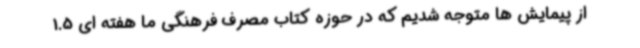
از پیمایش ها متوجه شدیم که در حوزه کتاب مصرف فرهنگی ما هفته ای 1.5